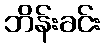
ဘိန်းခင်း